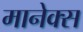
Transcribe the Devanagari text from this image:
मानेक्स